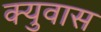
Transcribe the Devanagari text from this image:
क्युवास